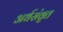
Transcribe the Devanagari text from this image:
अर्धसंवृत